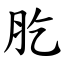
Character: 肐